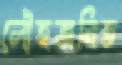
লৌহজনিত